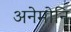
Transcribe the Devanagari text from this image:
अनेमोनि